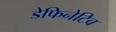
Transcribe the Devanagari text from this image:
डेफिनेटिव